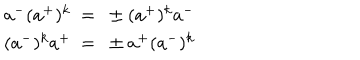
\begin{array} { c } { { a ^ { - } ( a ^ { + } ) ^ { k } ~ = ~ \pm ( a ^ { + } ) ^ { k } a ^ { - } } } \\ { { ( a ^ { - } ) ^ { k } a ^ { + } ~ = ~ \pm a ^ { + } ( a ^ { - } ) ^ { k } } } \\ \end{array}